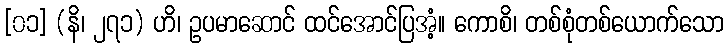
[၀၁] (နိ၊ ၂၇၁) ဟိ၊ ဥပမာဆောင် ထင်အောင်ပြအံ့။ ကောစိ၊ တစ်စုံတစ်ယောက်သော